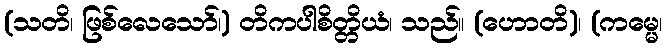
(သတိ၊ ဖြစ်လေသော်၊) တိကပါစိတ္တိယံ၊ သည်။ (ဟောတိ)၊ (ကမ္မေ၊